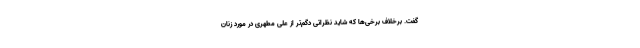
گفت. برخلاف برخی‌ها که شاید نظراتی دُگم‌تر از علی مطهری در مورد زنان